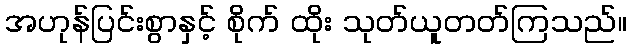
အဟုန်ပြင်းစွာနှင့် စိုက် ထိုး သုတ်ယူတတ်ကြသည်။